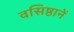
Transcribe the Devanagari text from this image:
वसिष्ठानें